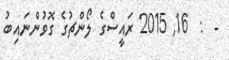
-  :  16